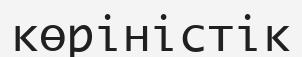
көріністік